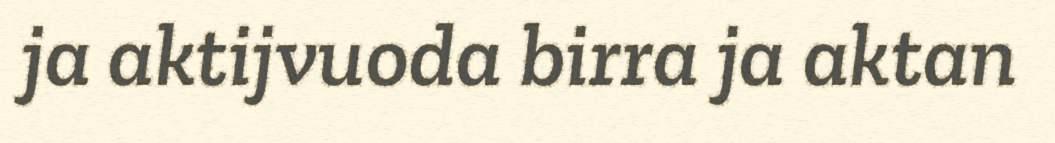
ja aktijvuoda birra ja aktan